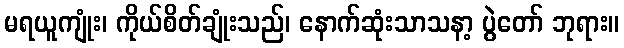
မရယူကျုံး၊ ကိုယ်စိတ်ချုံးသည်၊ နောက်ဆုံးသာသနာ့ ပွဲတော် ဘုရား။